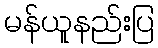
မန်ယူနည်းပြ